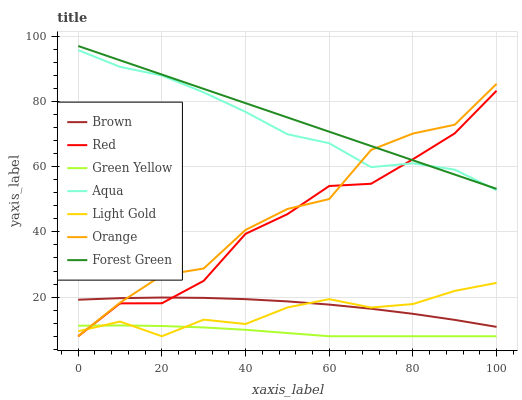
| xaxis_label | Brown | Red | Green Yellow | Aqua | Light Gold | Orange | Forest Green |
 | --- | --- | --- | --- | --- | --- | --- | --- |
 | 0 | 19.2 | 8 | 11.2 | 95.7 | 9.54 | 8 | 97 |
 | 10 | 19.7 | 18.1 | 11.3 | 90.6 | 12.5 | 18.3 | 92.6 |
 | 20 | 19.9 | 18.1 | 11.1 | 88 | 8 | 26.7 | 88.2 |
 | 30 | 19.8 | 25 | 10.7 | 82.8 | 13.1 | 28.8 | 83.9 |
 | 40 | 19.4 | 39.4 | 9.98 | 76.8 | 11.7 | 40.6 | 79.5 |
 | 50 | 18.7 | 45.4 | 8.99 | 70 | 16.8 | 47 | 75.1 |
 | 60 | 17.7 | 54.1 | 8 | 67.2 | 19.4 | 50.1 | 70.7 |
 | 70 | 16.4 | 54.8 | 8 | 59.9 | 16.8 | 65.1 | 66.3 |
 | 80 | 14.9 | 62.3 | 8 | 61 | 17.9 | 70.2 | 62 |
 | 90 | 13 | 70.2 | 8 | 59.1 | 21.9 | 72.9 | 57.6 |
 | 100 | 10.9 | 83.3 | 8 | 52.8 | 24.4 | 85.4 | 53.2 |